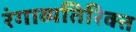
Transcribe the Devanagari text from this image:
रंगाव्यतिरिक्त